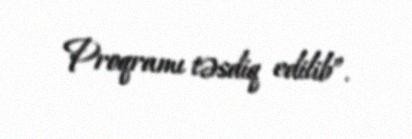
Proqramı təsdiq edilib”.